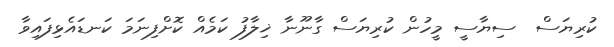
ކުރިޔަސް  ސިޔާސީ މީހުން ކުރިޔަސް ގާނޫނާ ޚިލާފު ކަމެއް ކޮށްފިނަމަ ކަނޑައެޅިފައިވާ